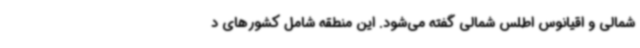
شمالی و اقیانوس اطلس شمالی گفته‌ می‌شود. این منطقه شامل کشورهای د